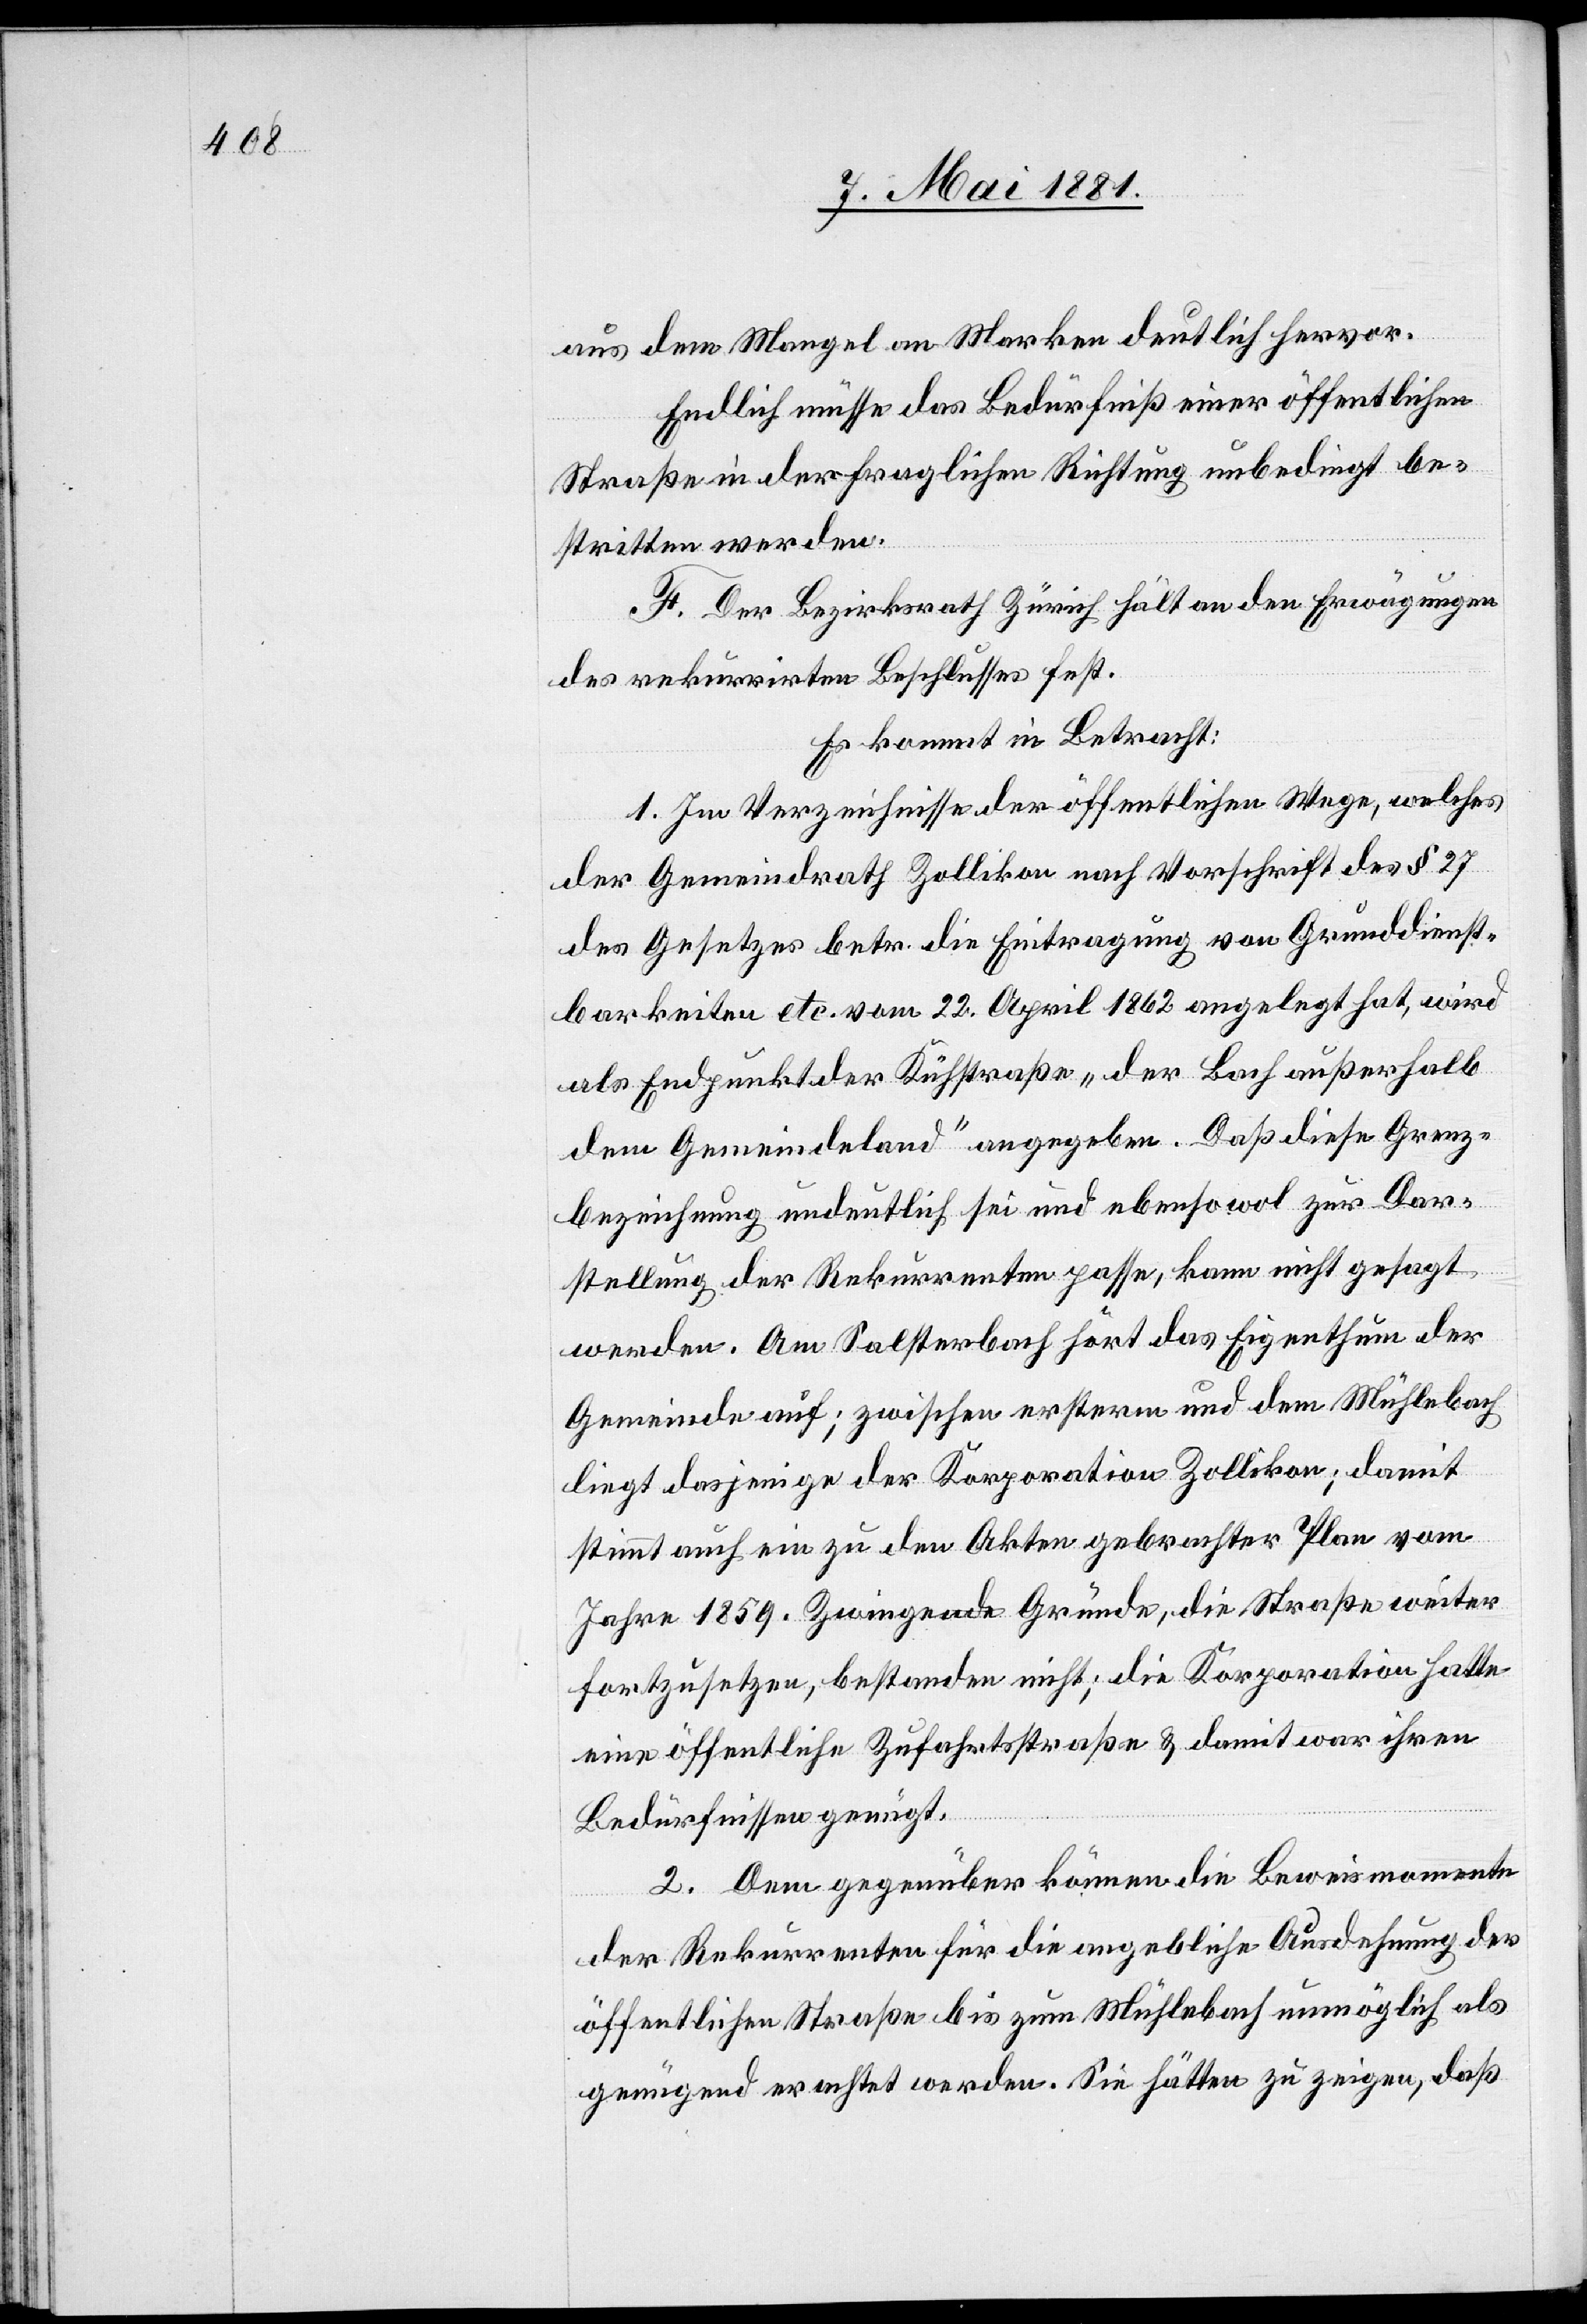
aus dem Mangel an Marken deutliche hervor.
Endlich müsse das Bedürfniß einer öffentlichen
Straße in der fraglichen Richtung unbedingt be¬
stritten werden.
F. Der Bezirksrath Zürich hält an den Erwägungen
des rekurrirten Beschlusses fest.
Es kommt in Betracht:
1. Im Verzeichnisse der öffentlichen Wege, welches
der Gemeindrath Zollikon nach Vorschrift des § 27
des Gesetzes betr. die Eintragung von Grunddienst¬
barkeiten etc. vom 22. April 1862 angelegt hat, wird
als Endpunkt der Kühstraße „der Bach außerhalb
dem Gemeindeland“ angegeben. Daß diese Grenz¬
bezeichnung undeutlich sei und ebenso wol zur Dar¬
stellung der Rekurrenten passe, kann nicht gesagt
werden. Am Salsterbach hört das Eigenthum der
Gemeinde auf; zwischen ersterm und dem Mühlebach
liegt dasjenige der Korporation Zollikon; damit
stimmt auch ein zu den Akten gebrachter Plan vom
Jahre 1859. Zwingende Gründe, die Straße weiter
fortzusetzen, bestehen nicht; die Korporation hatte
eine öffentliche Zufahrtsstraße & damit war ihren
Bedürfnissen genügt.
2. Dem gegenüber können die Beweismomente
der Rekurrenten für die angebliche Ausdehnung der
öffentlichen Straße bis zum Mühlebach unmöglich als
genügend erachtet werden. Sie hätten zu zeigen, daß